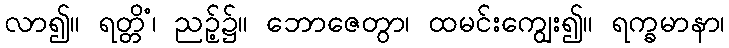
လာ၍။ ရတ္တိံ၊ ညဉ့်၌။ ဘောဇေတွာ၊ ထမင်းကျွေး၍။ ရက္ခမာနာ၊